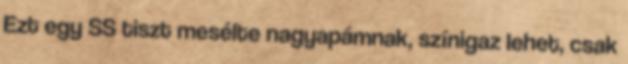
Ezt egy SS tiszt mesélte nagyapámnak, színigaz lehet, csak